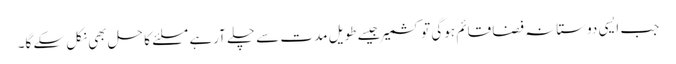
جب ایسی دوستانہ فضا قائم ہوگی تو کشمیر جیسے طویل مدت سے چلے آرہے مسلئے کا حل بھی نکل سکے گا۔